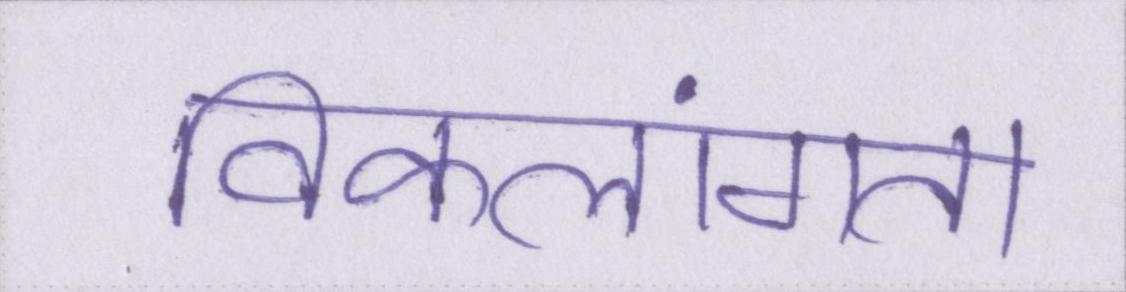
विकलांगता